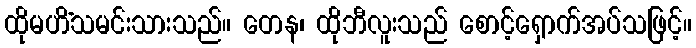
ထိုမဟိံသမင်းသားသည်။ တေန၊ ထိုဘီလူးသည် စောင့်ရှောက်အပ်သဖြင့်။